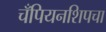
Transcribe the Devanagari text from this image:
चँपियनशिपचा